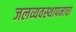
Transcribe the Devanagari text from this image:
जलव्यवस्थापनाचा